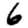
Digit: 6